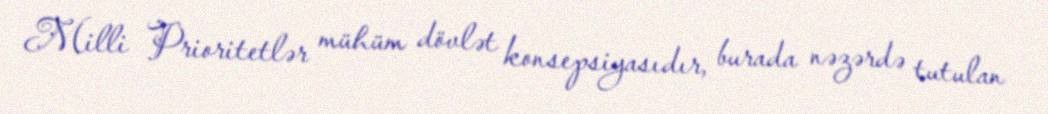
Milli Prioritetlər mühüm dövlət konsepsiyasıdır, burada nəzərdə tutulan